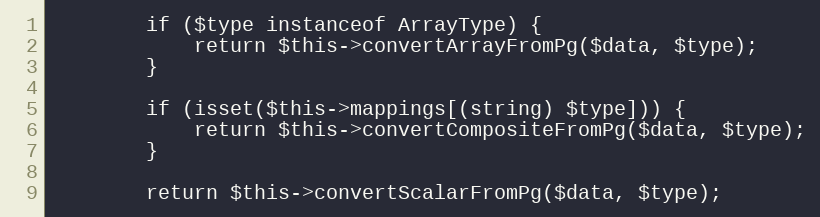
Language: PHP
        if ($type instanceof ArrayType) {
            return $this->convertArrayFromPg($data, $type);
        }

        if (isset($this->mappings[(string) $type])) {
            return $this->convertCompositeFromPg($data, $type);
        }

        return $this->convertScalarFromPg($data, $type);